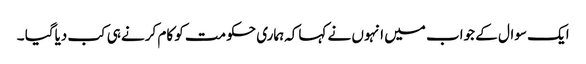
ایک سوال کے جواب میں انہوں نے کہاکہ ہماری حکومت کو کام کرنے ہی کب دیاگیا ۔